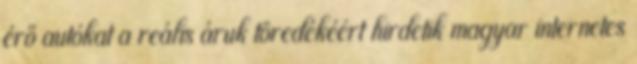
érő autókat a reális áruk töredékéért hirdetik magyar internetes